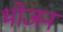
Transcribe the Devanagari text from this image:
भाेजन